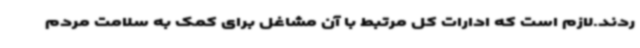
ردند.لازم است که ادارات کل مرتبط با آن مشاغل برای کمک به سلامت مردم